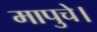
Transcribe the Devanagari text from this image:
मापुचे।